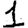
Digit: 1